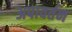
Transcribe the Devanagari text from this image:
अपावर्तन